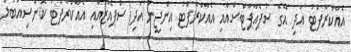
އެއާކްރާފްޓު އަދި އޭގެ ސުޕެއާޕާޓްސްއާއި އެއާކްރާފްޓު އިންޖީނު އަދި ސްޕެއާޒްއާއި އެއާކްރާފްޓު ކޮންސިއުބަލް